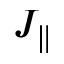
J _ { \parallel }